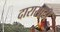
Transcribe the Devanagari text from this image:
दारासाठी